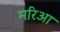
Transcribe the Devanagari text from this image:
मरिआ